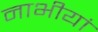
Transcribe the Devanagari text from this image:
नाभीयां